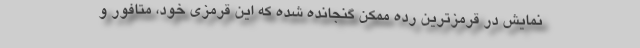
نمایش در قرمزترین رده ممکن گنجانده شده که این قرمزی خود، متافور و